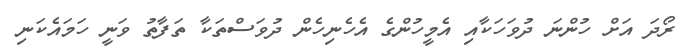
ރޯދަ އަށް ހުންނަ ދުވަހަކާއި އެމީހުންގެ އެހެނިހެން ދުވަސްތަކާ ތަފާތު ވަނީ ހަމައެކަނި